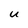
Character: u